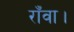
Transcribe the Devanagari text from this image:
राँवा।